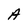
Character: A